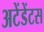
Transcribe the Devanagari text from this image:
अटेंडेंटस